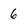
Character: 6